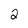
Character: 2